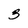
Character: 3